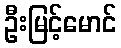
ဦးမြင့်မောင်